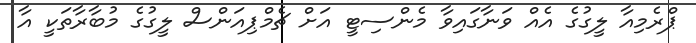
ޕްރެމިއާ ލީގުގެ އެއް ވަނާގައިވާ މެންސިޓީ އަށް ޗެމްޕިއަންސް ލީގުގެ މުބާރާތަކީ އާ